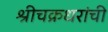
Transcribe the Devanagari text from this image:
श्रीचक्रधरांची